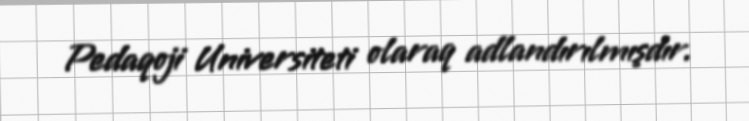
Pedaqoji Universiteti olaraq adlandırılmışdır.